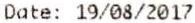
DATE: 19/08/2017